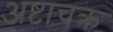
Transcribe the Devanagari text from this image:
अष्टाचक्र